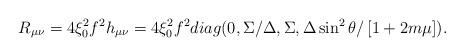
LaTeX: \begin{align*}R_{\mu \nu }=4\xi _{0}^{2}f^{2}h_{\mu \nu }=4\xi _{0}^{2}f^{2}diag(0,\Sigma/\Delta ,\Sigma ,\Delta \sin ^{2}\theta /\left[ 1+2m\mu \right] ).\end{align*}